Scottish Certificate of Education, 1963
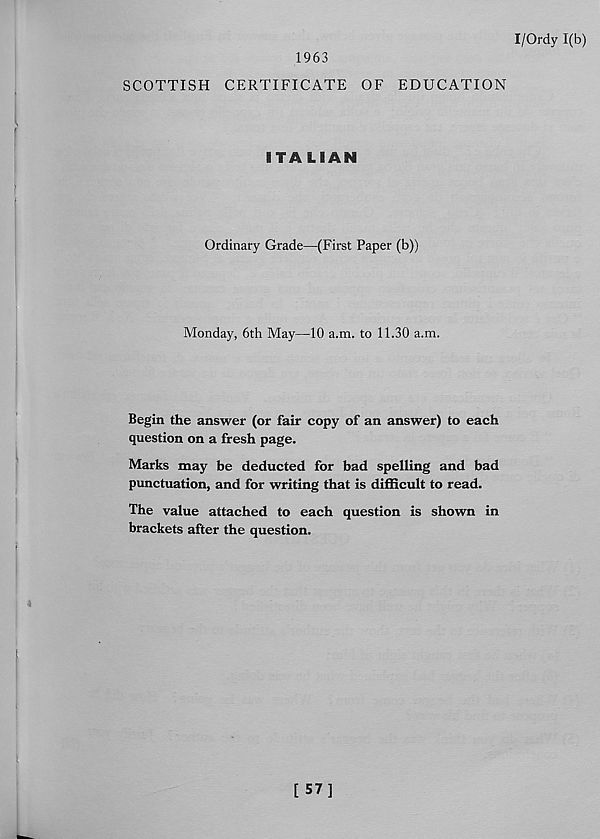
I/Ordy 1(b)
1963
SCOTTISH CERTIFICATE OF EDUCATION
ITALIAN
Ordinary Grade—(First Paper (b))
Monday, 6th May—10 a.m. to 11.30 a.m.
Begin the answer (or fair copy of an answer) to each
question on a fresh page.
Marks may be deducted for bad spelling and bad
punctuation, and for writing that is difficult to read.
The value attached to each question is shown in
brackets after the question.
[ 57]